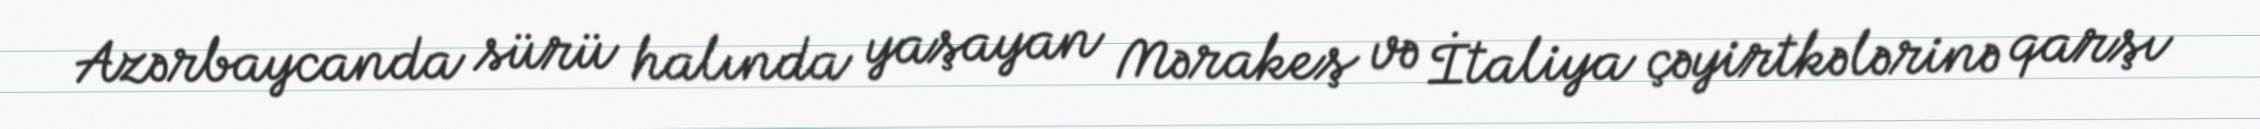
Azərbaycanda sürü halında yaşayan Mərakeş və İtaliya çəyirtkələrinə qarşı